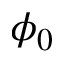
\phi _ { 0 }